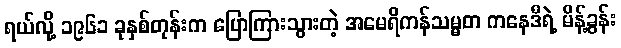
ရယ်လို့ ၁၉၆၁ ခုနှစ်တုန်းက ပြောကြားသွားတဲ့ အမေရိကန်သမ္မတ ကနေဒီရဲ့ မိန့်ခွန်း